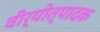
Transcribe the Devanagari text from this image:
वीर्योत्पादक